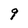
Character: 9